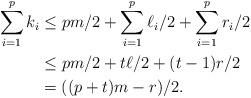
LaTeX: \begin{align*}\sum_{i=1}^p k_i&\leq pm/2+\sum_{i=1}^p\ell_i/2+\sum_{i=1}^pr_i/2\\&\leq pm/2+t\ell/2+(t-1)r/2\\&=((p+t)m-r)/2.\end{align*}